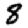
Digit: 8